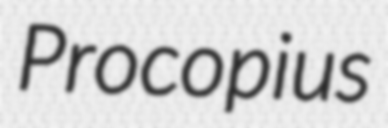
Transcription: Procopius